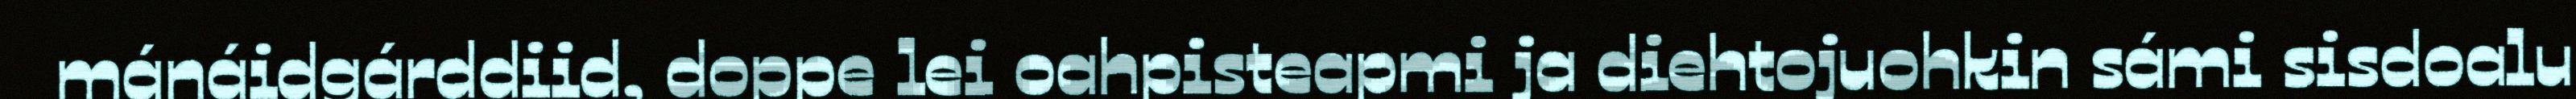
mánáidgárddiid, doppe lei oahpisteapmi ja diehtojuohkin sámi sisdoalu